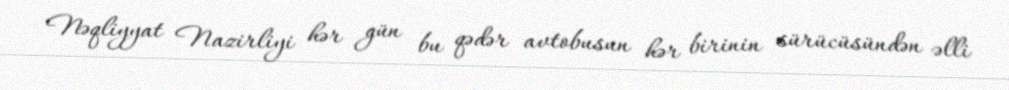
Nəqliyyat Nazirliyi hər gün bu qədər avtobusun hər birinin sürücüsündən əlli